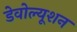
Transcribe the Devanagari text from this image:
डेवोल्यूशन